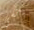
باتسي